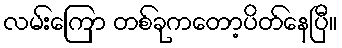
လမ်းကြော တစ်ခုကတော့ပိတ်နေပြီ။